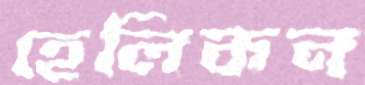
হেলিকন